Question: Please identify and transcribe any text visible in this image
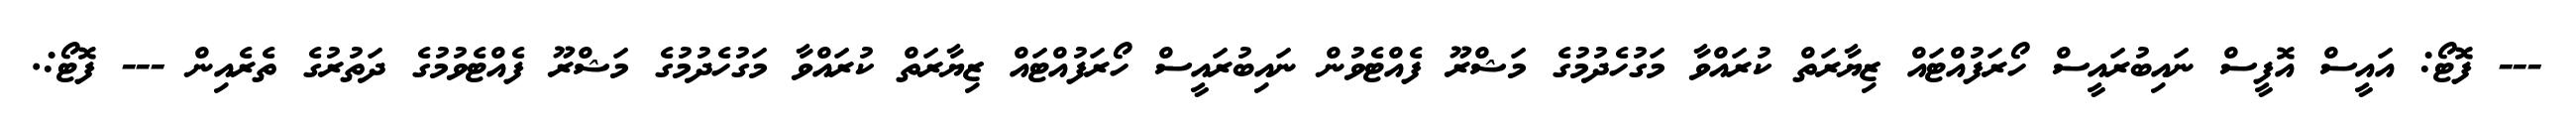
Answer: --- ފޮޓޯ: އައީސް އޮފީސް ނައިބުރައީސް ހޯރަފުއްޓައް ޒިޔާރަތް ކުރައްވާ މަގުހެދުމުގެ މަޝްރޫ ފެއްޓެވުން ނައިބުރައީސް ހޯރަފުއްޓައް ޒިޔާރަތް ކުރައްވާ މަގުހެދުމުގެ މަޝްރޫ ފެއްޓެވުމުގެ ދަތުރުގެ ތެރެއިން --- ފޮޓޯ:.